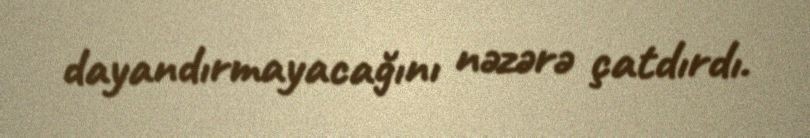
dayandırmayacağını nəzərə çatdırdı.